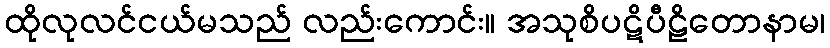
ထိုလုလင်ငယ်မသည် လည်းကောင်း။ အသုစိပဋိပီဠိတောနာမ၊